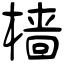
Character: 樯